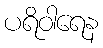
ပရိဝါရေန